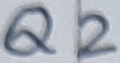
Text: Q2